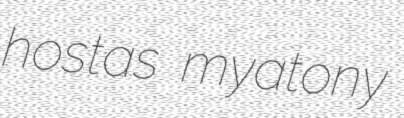
hostas myatony